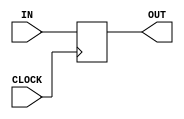
`timescale 1ns / 1ps
//////////////////////////////////////////////////////////////////////////////////
// Company: 
// Engineer: 
// 
// Design Name: 
// Module Name: dff
// Project Name: 
// Target Devices: 
// Tool Versions: 
// Description: 
// 
// Dependencies: 
// 
// Revision:
// Revision 0.01 - File Created
// Additional Comments:
// 
//////////////////////////////////////////////////////////////////////////////////


module dff(input CLOCK, input IN, output reg OUT = 0);
always @ (posedge CLOCK)
    begin
        OUT <= IN;
    end
endmodule